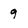
Character: 9